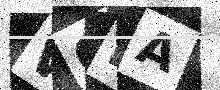
Text: WQIA